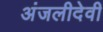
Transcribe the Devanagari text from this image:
अंजलीदेवी